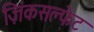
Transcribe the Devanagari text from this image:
ज़िंकसल्फेट